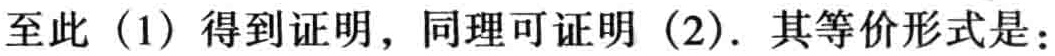
至此（1）得到证明，同理可证明（2）. 其等价形式是：